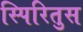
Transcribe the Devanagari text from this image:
स्पिरितुस